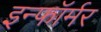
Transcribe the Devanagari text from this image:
इन्फॉर्मर